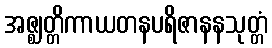
အဇ္ဈတ္တိကာယတနပရိဇာနနသုတ္တံ